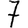
Digit: 7